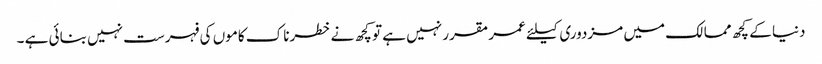
دنیا کے کچھ ممالک میں مزدوری کیلئے عمر مقرر نہیں ہے تو کچھ نے خطرناک کاموں کی فہرست نہیں بنائی ہے ۔